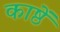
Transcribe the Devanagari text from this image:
काष्ठें